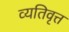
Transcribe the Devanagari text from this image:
व्यतिवृत्त